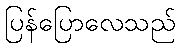
ပြန်ပြောလေသည်